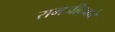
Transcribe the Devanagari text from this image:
रामजीद्वारे